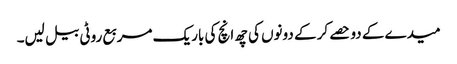
میدے کے دو حصے کر کے دونوں کی چھ انچ کی باریک مربع روٹی بیل لیں۔